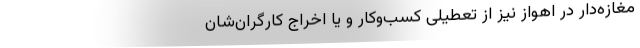
مغازه‌دار در اهواز نیز از تعطیلی کسب‌و‌کار‌ و یا اخراج‌ کارگران‌شان‌